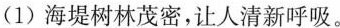
(1)海堤树林茂密，让人清新呼吸。